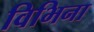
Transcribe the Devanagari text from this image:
विभिना